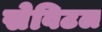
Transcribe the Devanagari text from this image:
सेविटल